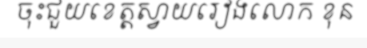
ចុះជួយខេត្តស្វាយរៀងលោក ខុន